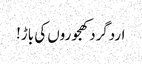
اردگرد کھجوروں کی باڑ!